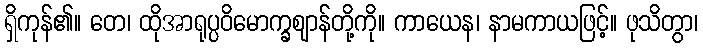
ရှိကုန်၏။ တေ၊ ထိုအာရုပ္ပဝိမောက္ခဈာန်တို့ကို။ ကာယေန၊ နာမကာယဖြင့်။ ဖုသိတွာ၊